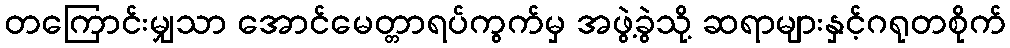
တကြောင်းမျှသာ အောင်မေတ္တာရပ်ကွက်မှ အဖွဲ့ခွဲသို့ ဆရာများနှင့်ဂရုတစိုက်